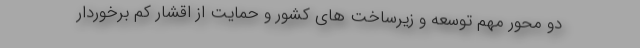
دو محور مهم توسعه و زیرساخت های کشور و حمایت از اقشار کم برخوردار